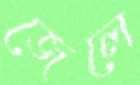
জেলে